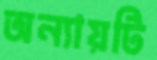
অন্যায়টি